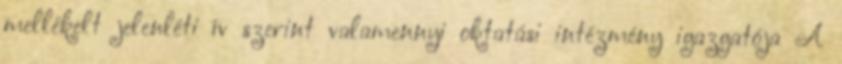
mellékelt jelenléti ív szerint valamennyi oktatási intézmény igazgatója A